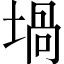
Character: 堝